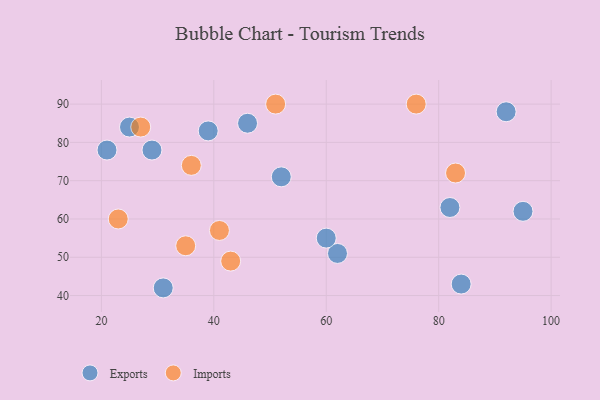
{"axis": {"x": "GDP", "y": "Life Expectancy"}, "legend": ["Exports", "Imports"], "data": [{"x": "95", "y": 62, "type": "Exports"}, {"x": "21", "y": 78, "type": "Exports"}, {"x": "62", "y": 51, "type": "Exports"}, {"x": "82", "y": 63, "type": "Exports"}, {"x": "92", "y": 88, "type": "Exports"}, {"x": "84", "y": 43, "type": "Exports"}, {"x": "39", "y": 83, "type": "Exports"}, {"x": "46", "y": 85, "type": "Exports"}, {"x": "60", "y": 55, "type": "Exports"}, {"x": "25", "y": 84, "type": "Exports"}, {"x": "29", "y": 78, "type": "Exports"}, {"x": "31", "y": 42, "type": "Exports"}, {"x": "52", "y": 71, "type": "Exports"}, {"x": "76", "y": 90, "type": "Imports"}, {"x": "43", "y": 49, "type": "Imports"}, {"x": "27", "y": 84, "type": "Imports"}, {"x": "35", "y": 53, "type": "Imports"}, {"x": "83", "y": 72, "type": "Imports"}, {"x": "36", "y": 74, "type": "Imports"}, {"x": "23", "y": 60, "type": "Imports"}, {"x": "41", "y": 57, "type": "Imports"}, {"x": "51", "y": 90, "type": "Imports"}]}